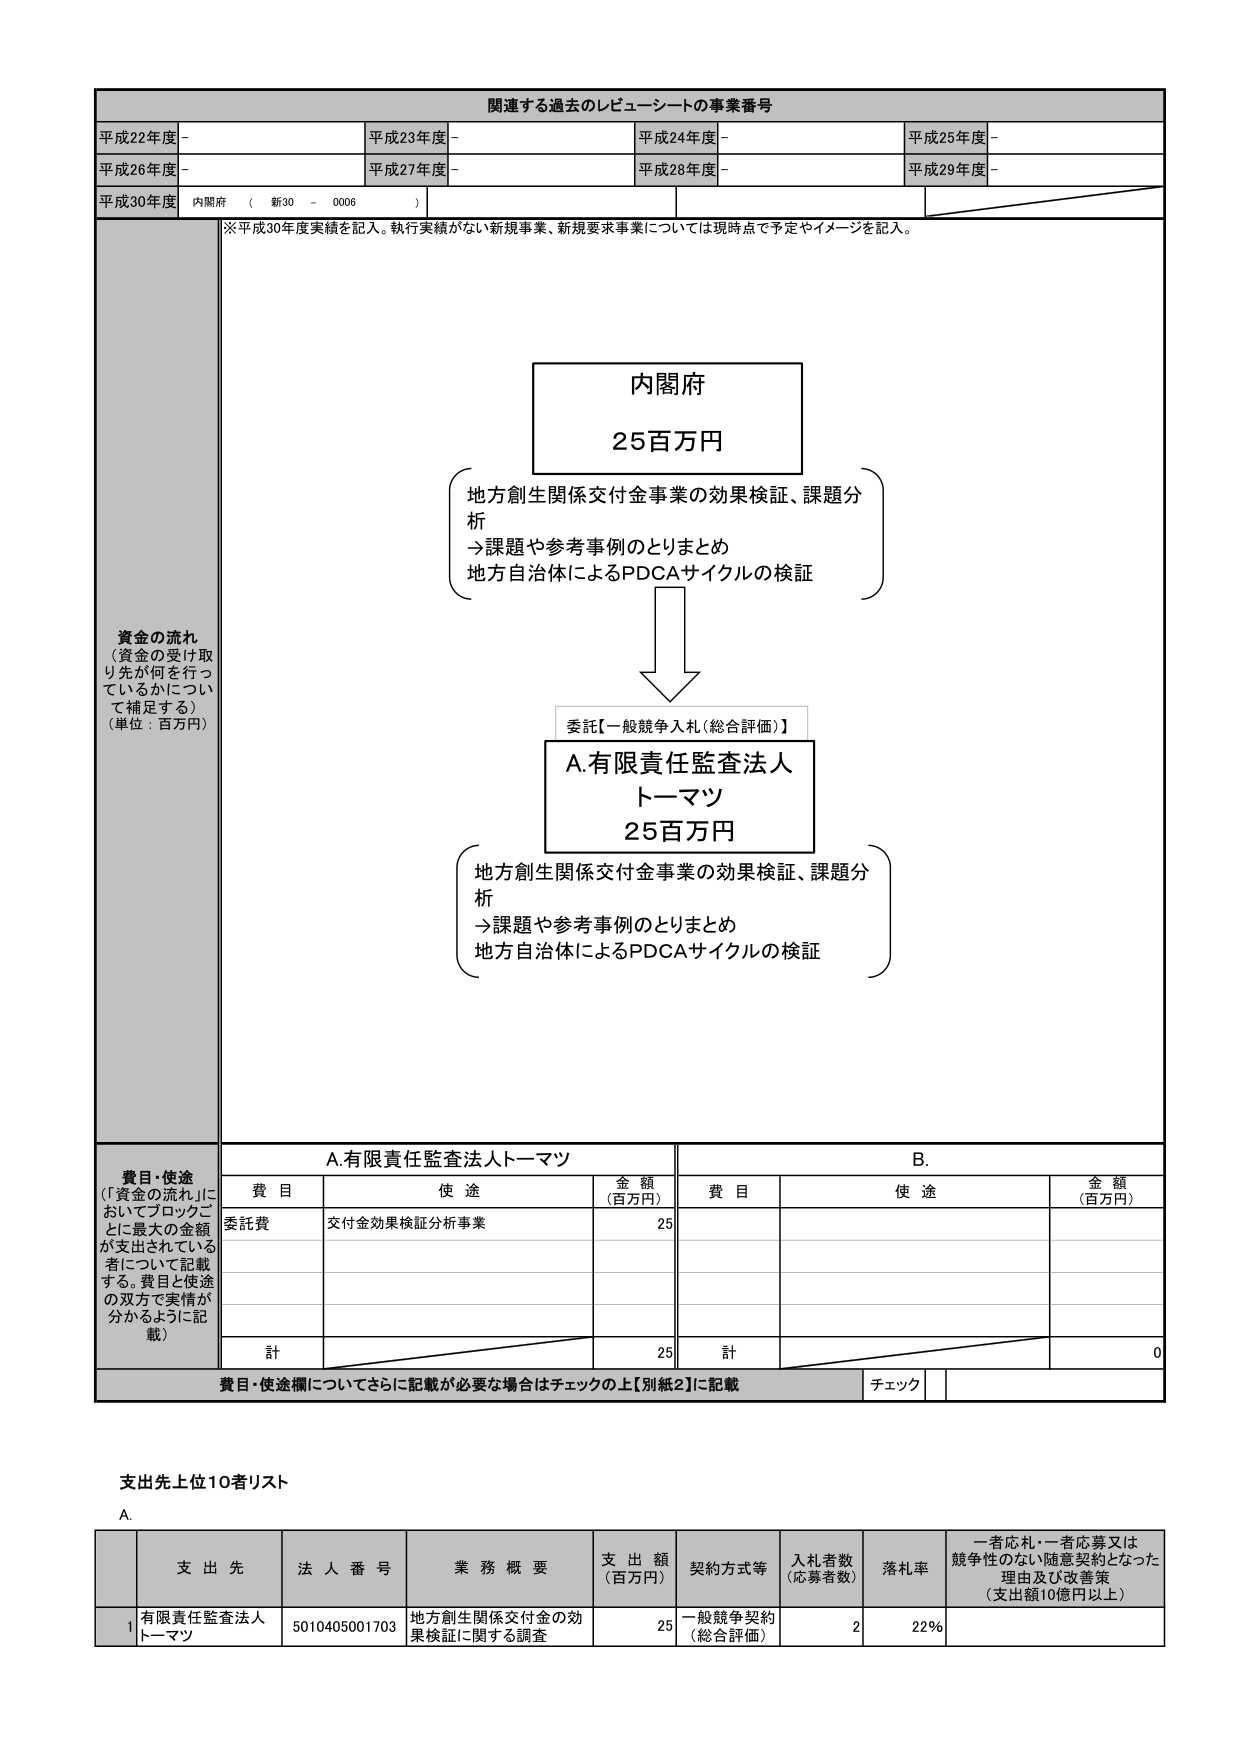
関連する過去のレビューーシートの事業番号
平成22年度 -
平成23年度 -
平成24年度 -
平成25年度 -
平成26年度 -
平成27年度 -
平成28年度 -
平成29年度 -
平成30年度 内閣府 （ 新30 - 0006 ）
※平成30年度実績を記入。執行実績がない新規事業、新規要求事業については現時点で予定やイメージを記入。

資金の流れ
（資金の受け取り先が何を行っているかについて補足する）
（単位：百万円）

内閣府
25百万円

地方創生関係交付金事業の効果検証、課題分析
→課題や参考事例のとりまとめ
地方自治体によるPDCAサイクルの検証

委託【一般競争入札（総合評価）】

A.有限責任監査法人
トーマツ
25百万円

地方創生関係交付金事業の効果検証、課題分析
→課題や参考事例のとりまとめ
地方自治体によるPDCAサイクルの検証

費目・使途
（「資金の流れ」においてブロックごとに最大の金額が支出されている者について記載する。費目と使途の双方で実情が分かるように記載）

A.有限責任監査法人トーマツ
B.
費目 使途 金額（百万円） 費目 使途 金額（百万円）
委託費 交付金効果検証分析事業 25
計 25 計 0

費目・使途欄についてさらに記載が必要な場合はチェックの上【別紙2】に記載 チェック

支出先上位10者リスト
A.
支出先 法人番号 業務概要 支出額（百万円） 契約方式等 入札者数（応募者数） 落札率 一者応札・一者応募又は競争性のない随意契約となった理由及び改善策（支出額10億円以上）
1 有限責任監査法人トーマツ 5010405001703 地方創生関係交付金の効果検証に関する調査 25 一般競争契約（総合評価） 2 22%